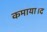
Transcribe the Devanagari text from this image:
कमाया।द